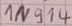
Text: 1N914